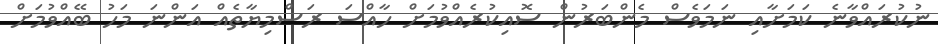
ނުކުރައްވާނެ ކަމަށާއި ނަމަވެސް މެންބަރުން ސޮއިކުރެއްވުމަށް ހާއްސަ ރަސްމިޔާތެއް އަންނަ މަހު ބޭއްވުމަށް